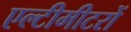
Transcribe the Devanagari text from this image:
एल्टीमीटरों